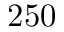
2 5 0